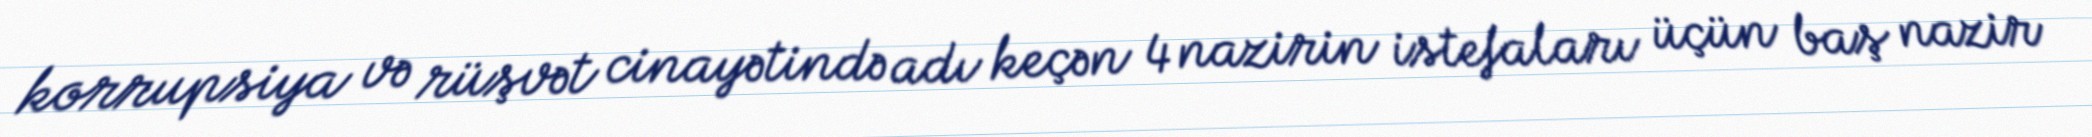
korrupsiya və rüşvət cinayətində adı keçən 4 nazirin istefaları üçün baş nazir